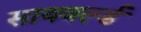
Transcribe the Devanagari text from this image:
सायवर्ल्ड